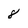
Character: 8